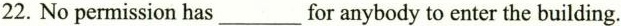
22. No permission has___for anybody to enter the building.